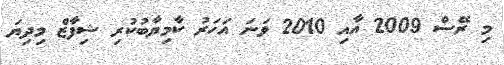
މި ރޭސް 2009 އާއި 2010 ވަނަ އަހަރު ކާމިޔާބުކުރި ޝިފާޒް މިދިޔަ